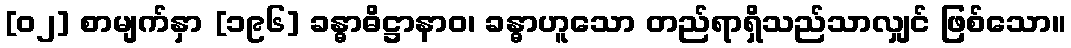
[၀၂] စာမျက်နှာ [၁၉၆] ခန္ဓာဓိဋ္ဌာနာဝ၊ ခန္ဓာဟူသော တည်ရာရှိသည်သာလျှင် ဖြစ်သော။